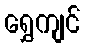
ရွှေကျင်